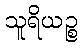
သူရိယဉ္စ